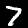
Digit: 7